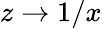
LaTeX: z\to 1/x